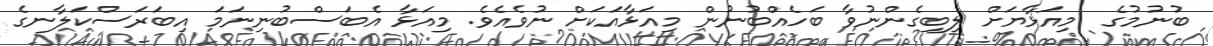
ބުނުމުގެ  މިއަޅާޔަށް ލިބިގެންނުވާ ބަހެއްބުނުން މިއަޅާއަކަށް ނުވެއެވެ. މިއަޅާ އެބަސްބުނިނަމަ އިބަރަސްކަލާނގެ